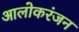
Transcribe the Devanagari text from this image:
आलोकरंजन